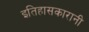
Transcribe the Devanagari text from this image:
इतिहासकारानी